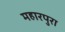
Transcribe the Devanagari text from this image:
महारपुरा